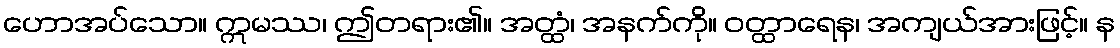
ဟောအပ်သော။ ဣမဿ၊ ဤတရား၏။ အတ္ထံ၊ အနက်ကို။ ဝတ္ထာရေန၊ အကျယ်အားဖြင့်။ န